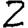
Digit: 2